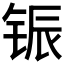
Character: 𫓵